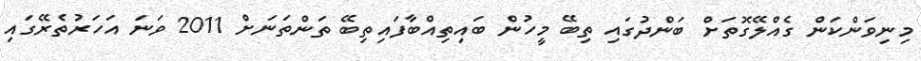
މިނިވަންކަން ގެއްލޭގޮތަށް ބަންދުގައި ތިބޭ މީހުން ބައިތިއްބާފައިތިބޭ ތަންތަނަށް 2011 ވަނަ އަހަރުތެރޭގައި